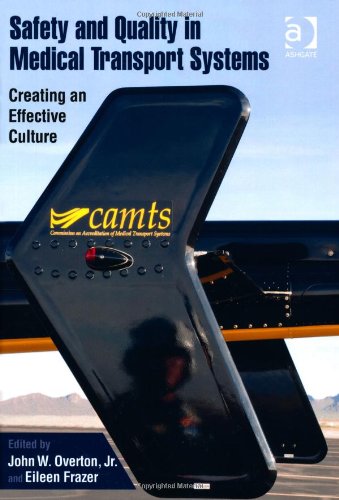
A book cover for Safety and Quality in Medical Transport Systems: Creating an Effective Culture; Medical Books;